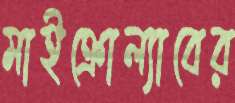
মাইক্রোল্যাবের